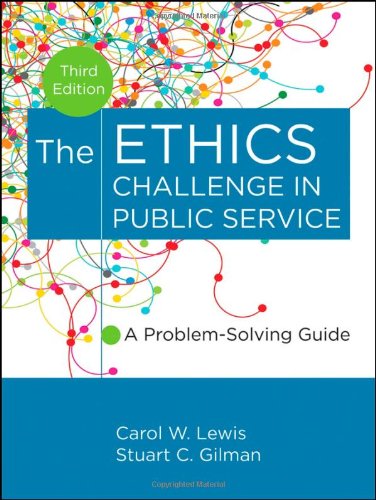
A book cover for The Ethics Challenge in Public Service: A Problem-Solving Guide; Carol W. Lewis; Business & Money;